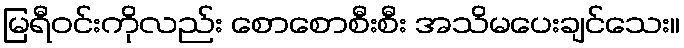
မြရီဝင်းကိုလည်း စောစောစီးစီး အသိမပေးချင်သေး။